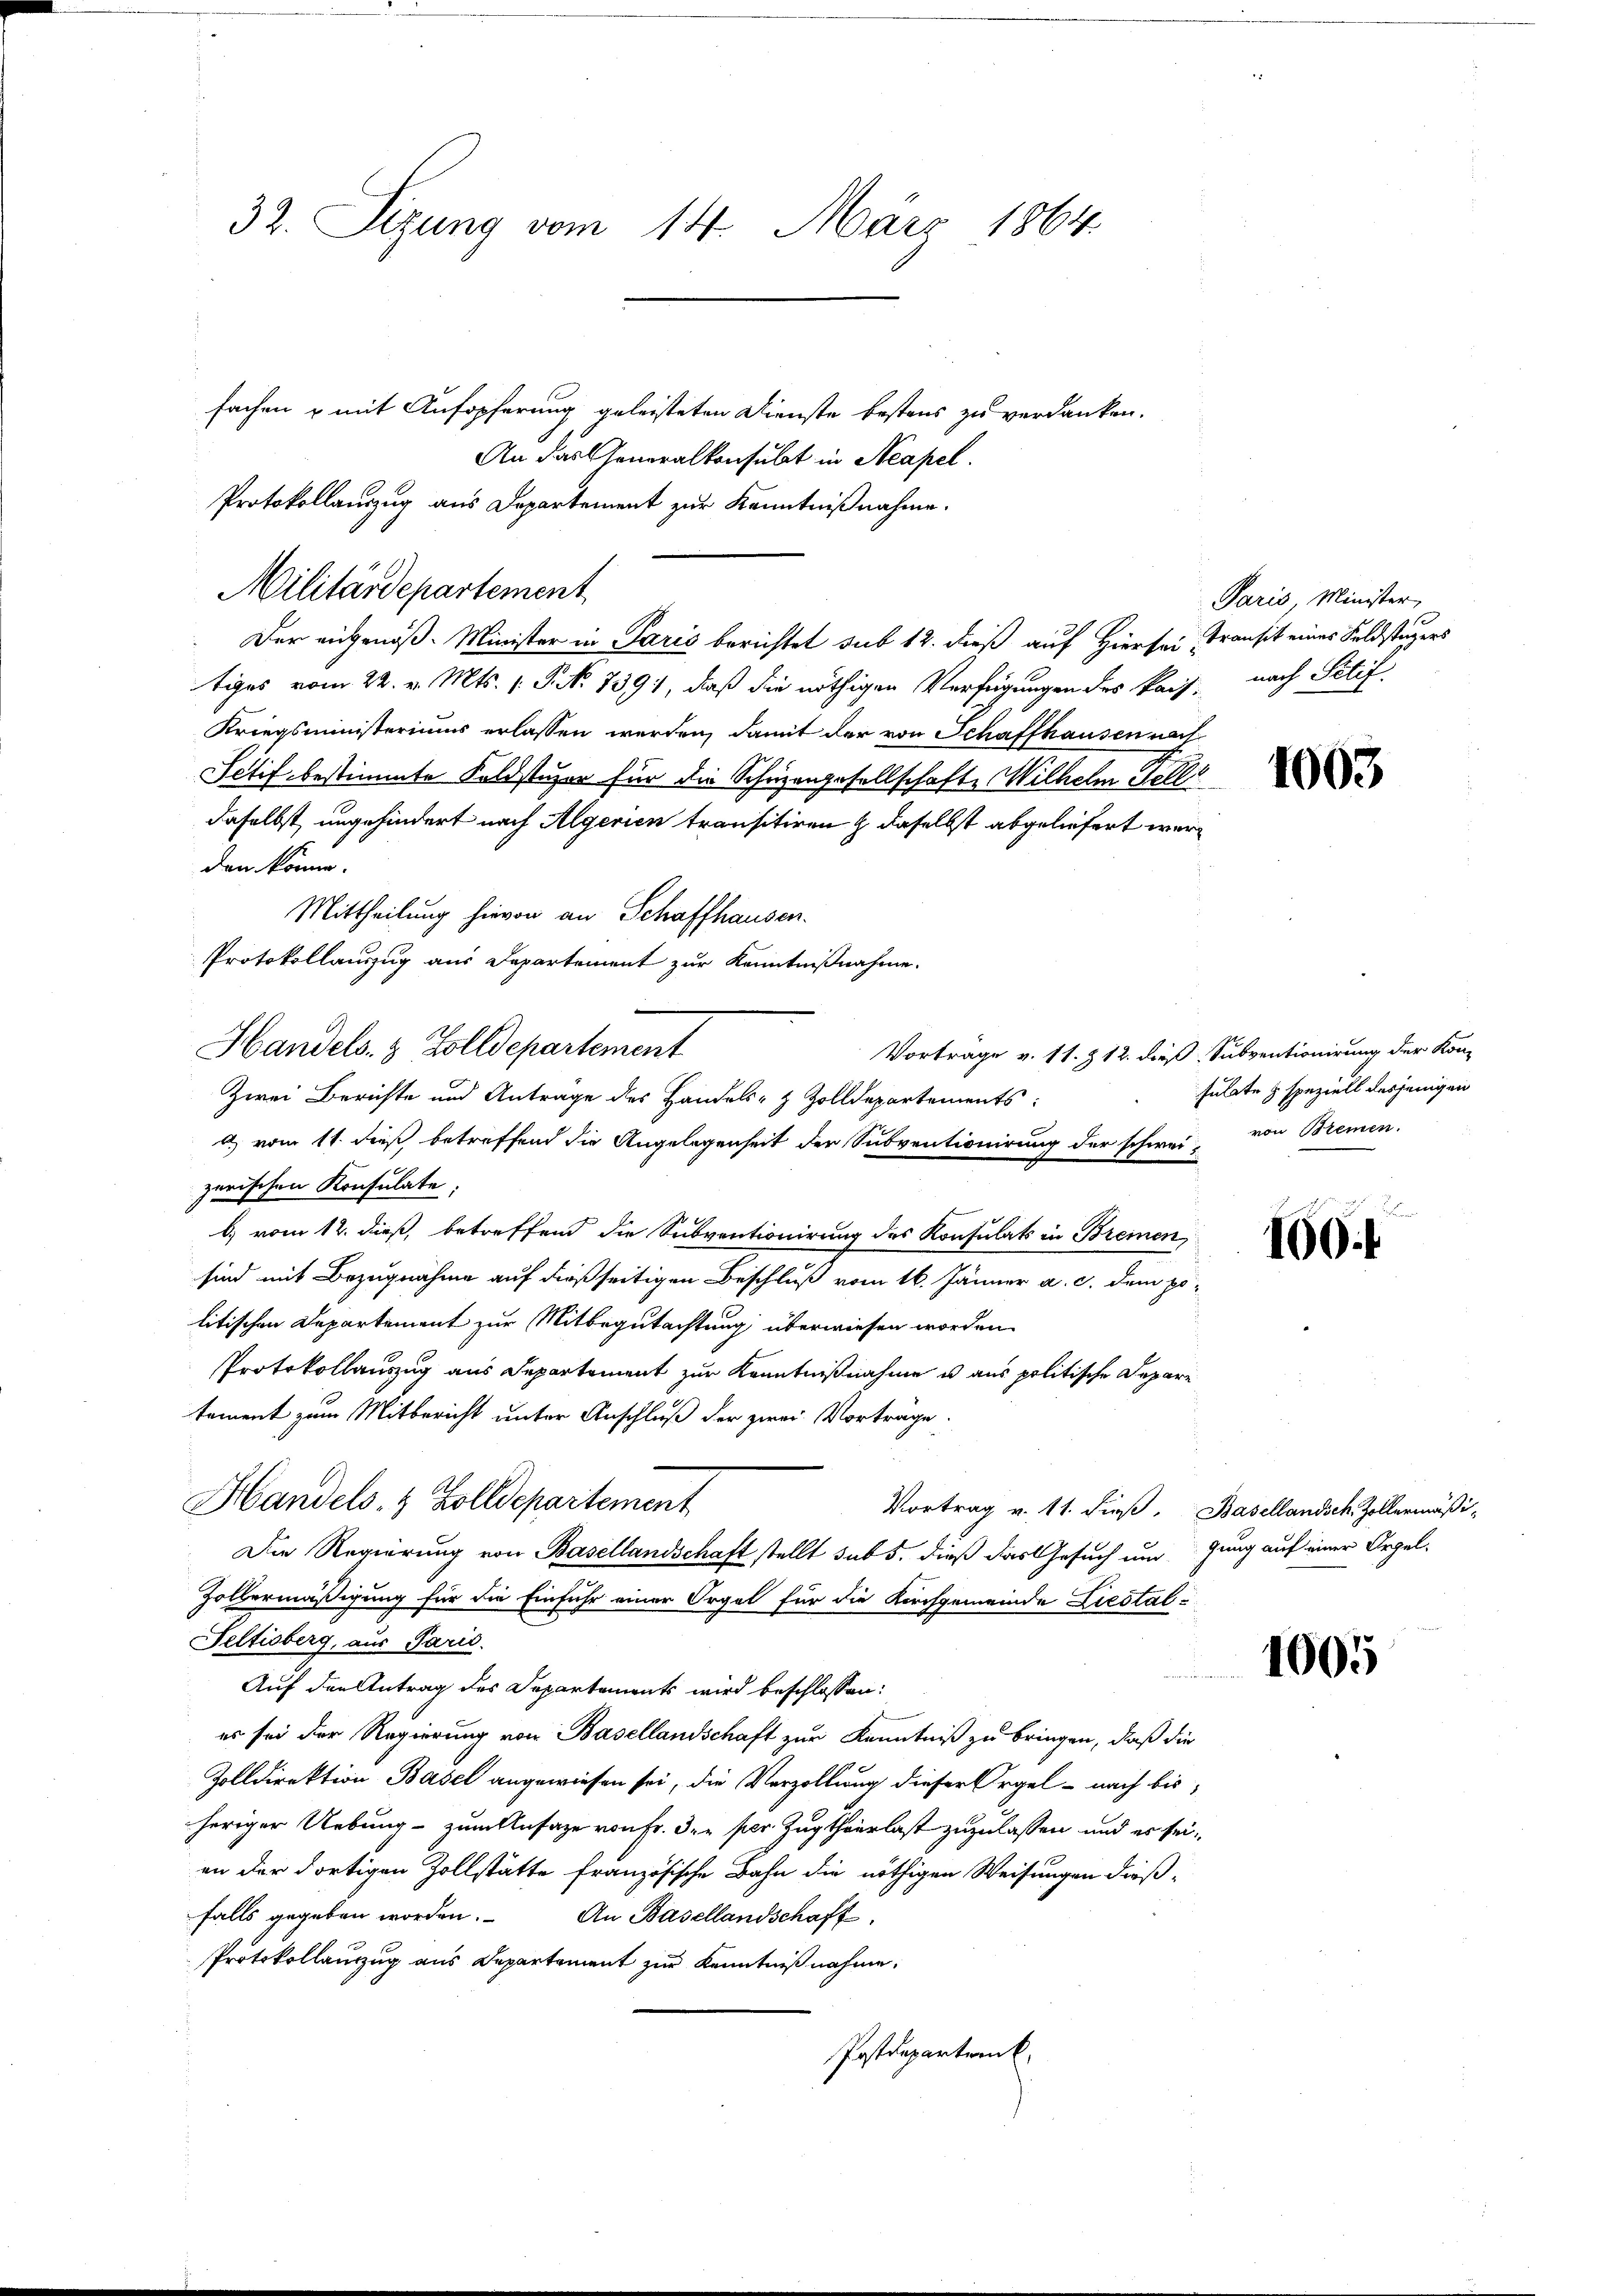
32. Sizung vom 14. März 1864.

fachen & mit Aufopferung geleisteten Dienste bestens zu verdanken.
An das Generalkonsulat in Neapel.
Protokollauszug aus Departement zur Kenntnißnahme.
Der eigenöß. Minister in Paris berichtet sub 12. dieß auf Hiersei Transit eines Feldstagers
tiges vom 22. v. Mts. (T. N. 1391, daß die nöthigen Verfügungen des Kais. nach Stif
Kriegsministeriums erlassen werden, damit der von Schaffhausen nach
Sctif bestimmte Foldstuzer für die Schuzengesellschafte Wilhelm Felle
daselbst, ungehindert nach Algerien transitiren & daselbst abgeliefert werden könne.
Mittheilung hievon an Schaffhausen.
a) vom 11. dieß betreffend die Angelegenheit der Subventionirung der schwei- von Bremen.
zerischen Konsulate.
b) vom 12. dieß, betreffend die Subventionirung des Konsulats in Breinen
sind mit Bezugnahme auf dießseitigen Beschluß vom 16. Jänner a. c. dem politischen Departement zur Mitbegutachtung überwiesen worden.
Protokollauszug aus Departement zur Kenntnißnahme u. aus politische Depare
tement zum Mitbericht unter Anschluß der zwei Vortrage.
Handels- & Zolldepartement
Vortrag v. 11. dieß. Basellandsch. Zollermäßi-
Die Regierung von Basellandschaft stellt sub 5. dieß das Gesuch ungung auf einer Orgel-
Holbermäßigung für die Einfuhr einer Orgel für die Kirchgemeinde Liestal-
Seltisberg, aus Parić.
Auf den Antrag des Departements wird beschlossen:
es sei der Regierung von Basellandschaft zur Kenntniß zu bringen, daß die
Zolldirektion Basel angewiesen sei, die Verzollung dieser Orgel- nach bis
heriger Uebung - zum Ansage von Fr. der per Zugthierlast zuzulassen und er seian der dortigen Zollstätte französische Bahn die nöthigen Weisungen dieß-
falls gegeben worden. An Basellandschaft
Protokollauszug aus Departement zur Kenntniß nahme,
Postdepartenk

Protokollauszug aus Departement zur Kenntnißnahme.
Handels- & Zolldepartement
Zwei Berichte und Antrage des Handels- & Zolldepartements:

Militärdepartement

Paris, Minister,

1003

Vortrage v. 11. § 12. dieß Subventionirung der Kon-
sulate & speziell desjenigen

160

1005